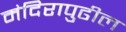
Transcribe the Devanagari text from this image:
मंदिरापुढील